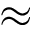
\approx